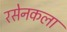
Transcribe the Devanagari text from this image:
रसेनकला